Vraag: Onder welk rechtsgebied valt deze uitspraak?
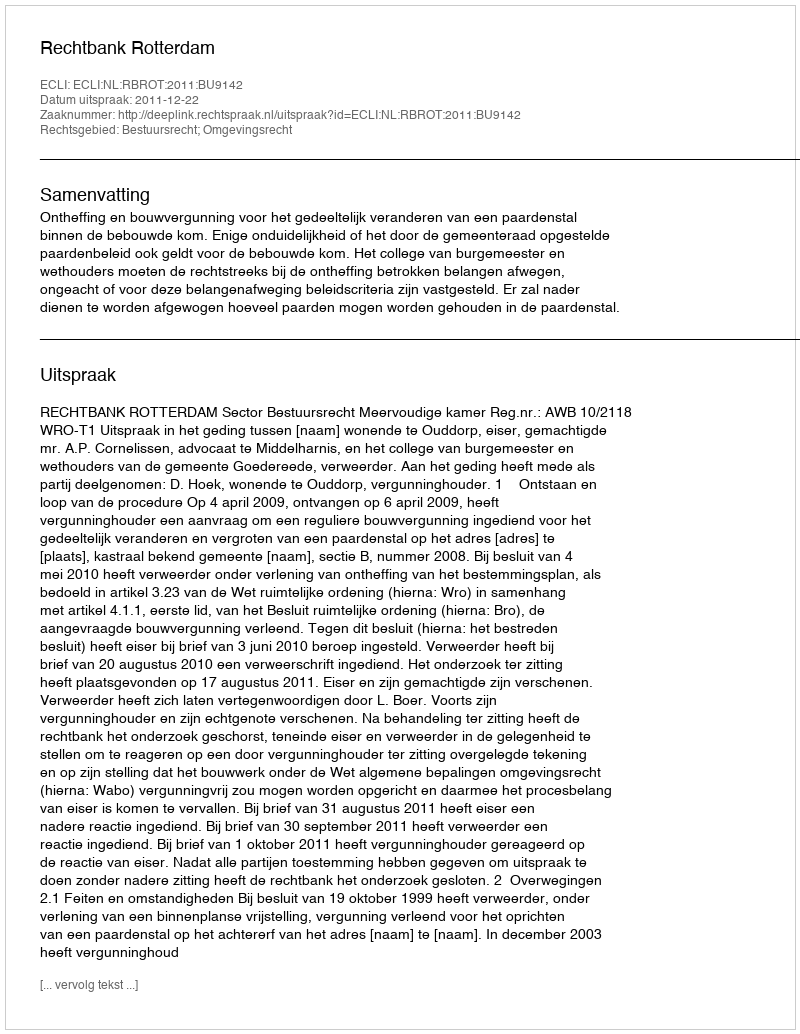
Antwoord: Bestuursrecht; Omgevingsrecht